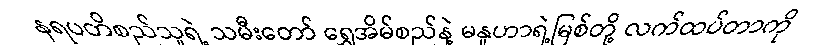
နရပတိစည်သူရဲ့ သမီးတော် ရွှေအိမ်စည်နဲ့ မနူဟာရဲ့မြစ်တို့ လက်ထပ်တာကို